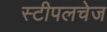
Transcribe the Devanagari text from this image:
स्टीपलचेज